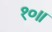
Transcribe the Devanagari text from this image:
१०॥